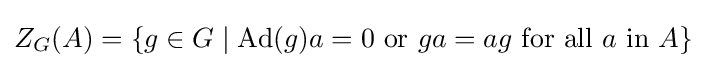
Z_{G}(A)=\{g\in G\mid \operatorname {Ad} (g)a=0{\text{ or }}ga=ag{\text{ for all }}a{\text{ in }}A\}